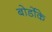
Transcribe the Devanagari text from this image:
बोर्डोके